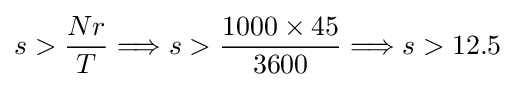
s>{\frac {Nr}{T}}\Longrightarrow s>{\frac {1000\times 45}{3600}}\Longrightarrow s>12.5